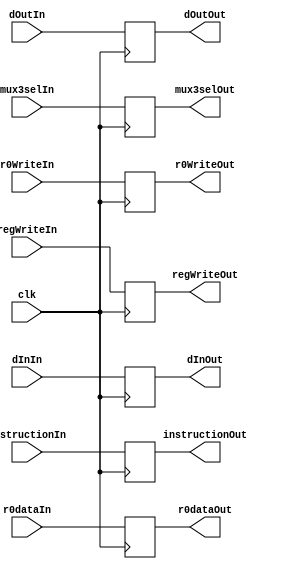
module buffer4(regWriteIn, mux3selIn, r0WriteIn, instructionIn, dOutIn, dInIn, r0dataIn, 
				regWriteOut, mux3selOut, r0WriteOut, instructionOut, dOutOut, dInOut, r0dataOut,
				clk);
	input[15:0] instructionIn, dOutIn, dInIn, r0dataIn;
	input mux3selIn, r0WriteIn, regWriteIn, clk;
	output reg [15:0] instructionOut, dOutOut, dInOut, r0dataOut;
	output reg mux3selOut, r0WriteOut, regWriteOut;
	
	always@(posedge clk)
	begin
		instructionOut = instructionIn;
		dOutOut = dOutIn;
		dInOut =  dInIn; 
		r0dataOut = r0dataIn;
		mux3selOut = mux3selIn;
		r0WriteOut = r0WriteIn;
		regWriteOut = regWriteIn;
		 
	end
endmodule